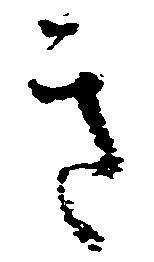
き